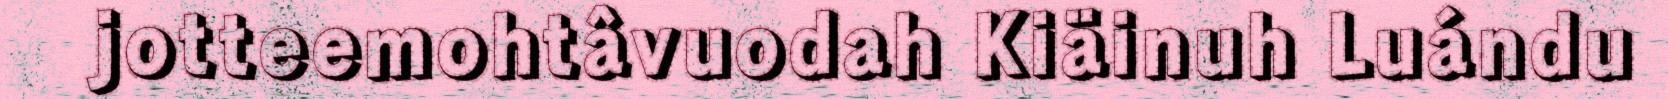
jotteemohtâvuodah Kiäinuh Luándu